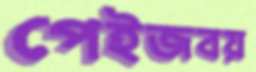
পেইজবয়